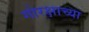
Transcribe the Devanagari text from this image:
गोरक्षाच्या